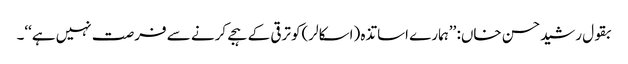
بقول رشیدحسن خاں: ’’ہمارے اساتذہ (اسکالر)کو ترقی کے ہجے کرنے سے فرصت نہیں ہے‘‘۔